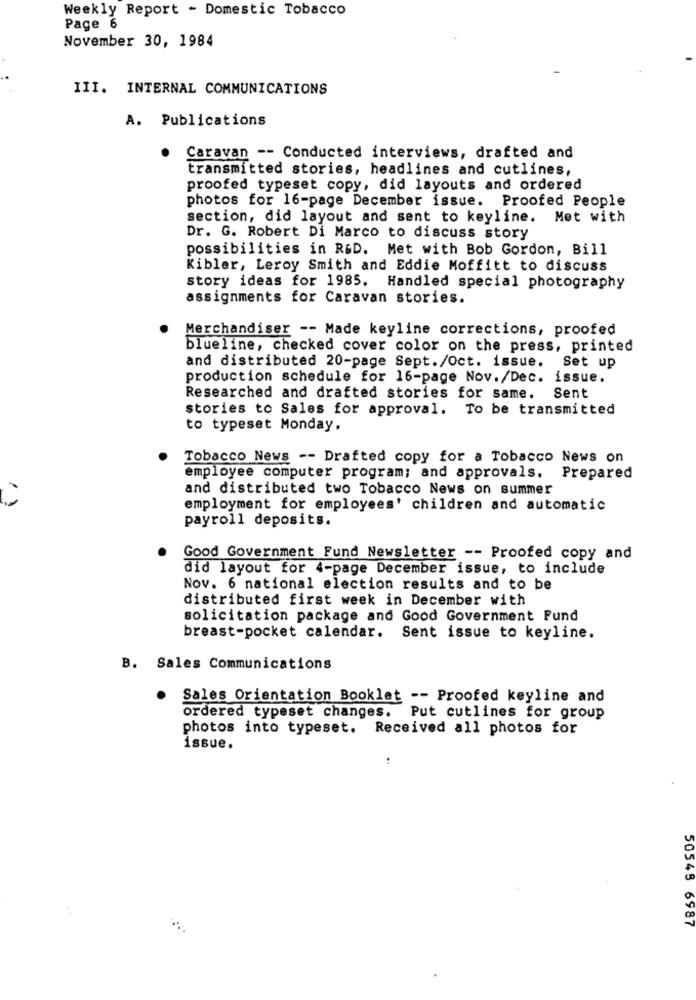
Weekly Report - Domestic Tobacco
Page 6
November 30, 1984
III. INTERNAL COMMUNICATIONS
A. Publications
Caravan -- Conducted interviews, drafted and
transmitted stories, headlines and cutlines,
proofed typeset copy, did layouts and ordered
photos for 16-page December issue. Proofed People
section, did layout and sent to keyline. Met with
Dr. G. Robert Di Marco to discuss story
possibilities in R&D.
Met with Bob Gordon, Bill
Kibler, Leroy Smith and Eddie Moffitt to discuss
story ideas for 1985. Handled special photography
assignments for Caravan stories.
Merchandiser -- Made keyline corrections, proofed
blueline, checked cover color on the press, printed
and distributed 20-page Sept./Oct. issue.
Set up
production schedule for 16-page Nov./Dec. issue.
Researched and drafted stories for same.
Sent
stories to Sales for approval. To be transmitted
to typeset Monday.
Tobacco News -- Drafted copy for a Tobacco News on
employee computer program; and approvals.
Prepared
and distributed two Tobacco News on summer
employment for employees' children and automatic
payroll deposits.
Good Government Fund Newsletter -- Proofed copy and
did layout for 4-page December issue, to include
Nov. 6 national election results and to be
distributed first week in December with
solicitation package and Good Government Fund
breast-pocket calendar.
Sent issue to keyline.
B. Sales Communications
.
Sales Orientation Booklet -- Proofed keyline and
ordered typeset changes. Put cutlines for group
photos into typeset. Received all photos for
issue.
50548 6987